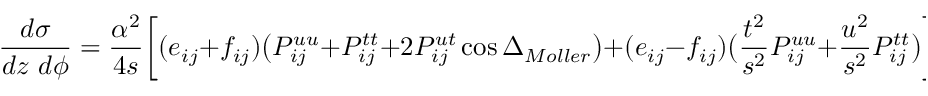
{ \frac { d \sigma } { d z ~ d \phi } } = { \frac { \alpha ^ { 2 } } { 4 s } } \bigg [ ( e _ { i j } + f _ { i j } ) \big ( P _ { i j } ^ { u u } + P _ { i j } ^ { t t } + 2 P _ { i j } ^ { u t } \cos \Delta _ { M o l l e r } \big ) + ( e _ { i j } - f _ { i j } ) \big ( { \frac { t ^ { 2 } } { s ^ { 2 } } } P _ { i j } ^ { u u } + { \frac { u ^ { 2 } } { s ^ { 2 } } } P _ { i j } ^ { t t } \big ) \bigg ] \, ,